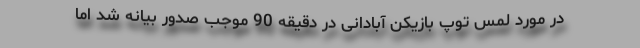
در مورد لمس توپ بازیکن آبادانی در دقیقه 90 موجب صدور بیانه شد اما